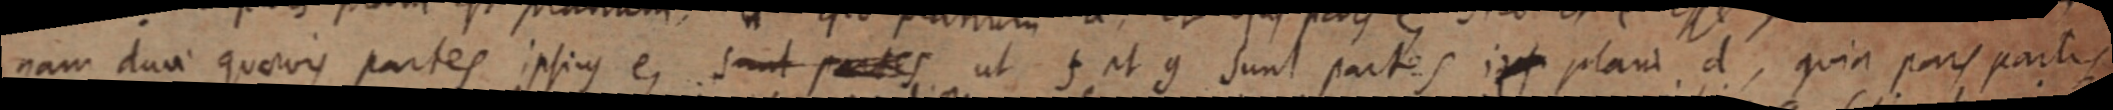
nam duae quaevis partes ipsius e, sunt partes ut f et g sunt partes ips plani d, quia pars partes